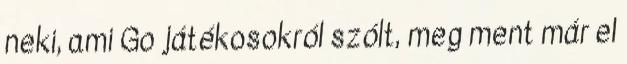
neki, ami Go játékosokról szólt, meg ment már el